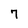
Character: 7